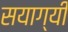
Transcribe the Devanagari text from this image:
सयाग्यी